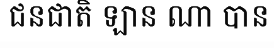
ជនជាតិ ឡាន ណា បាន